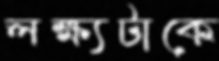
লক্ষ্যটাকে